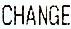
CHANGE